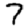
Digit: 7